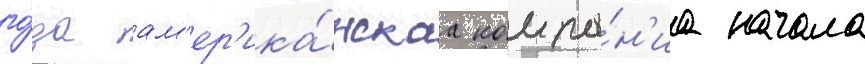
го́да ам'ер'ика́нскаа компа́н'иа начала